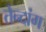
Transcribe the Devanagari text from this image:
तेन्दांग